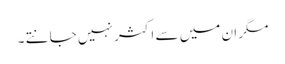
مگر ان میں سے اکثر نہیں جانتے ۔